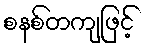
စနစ်တကျဖြင့်